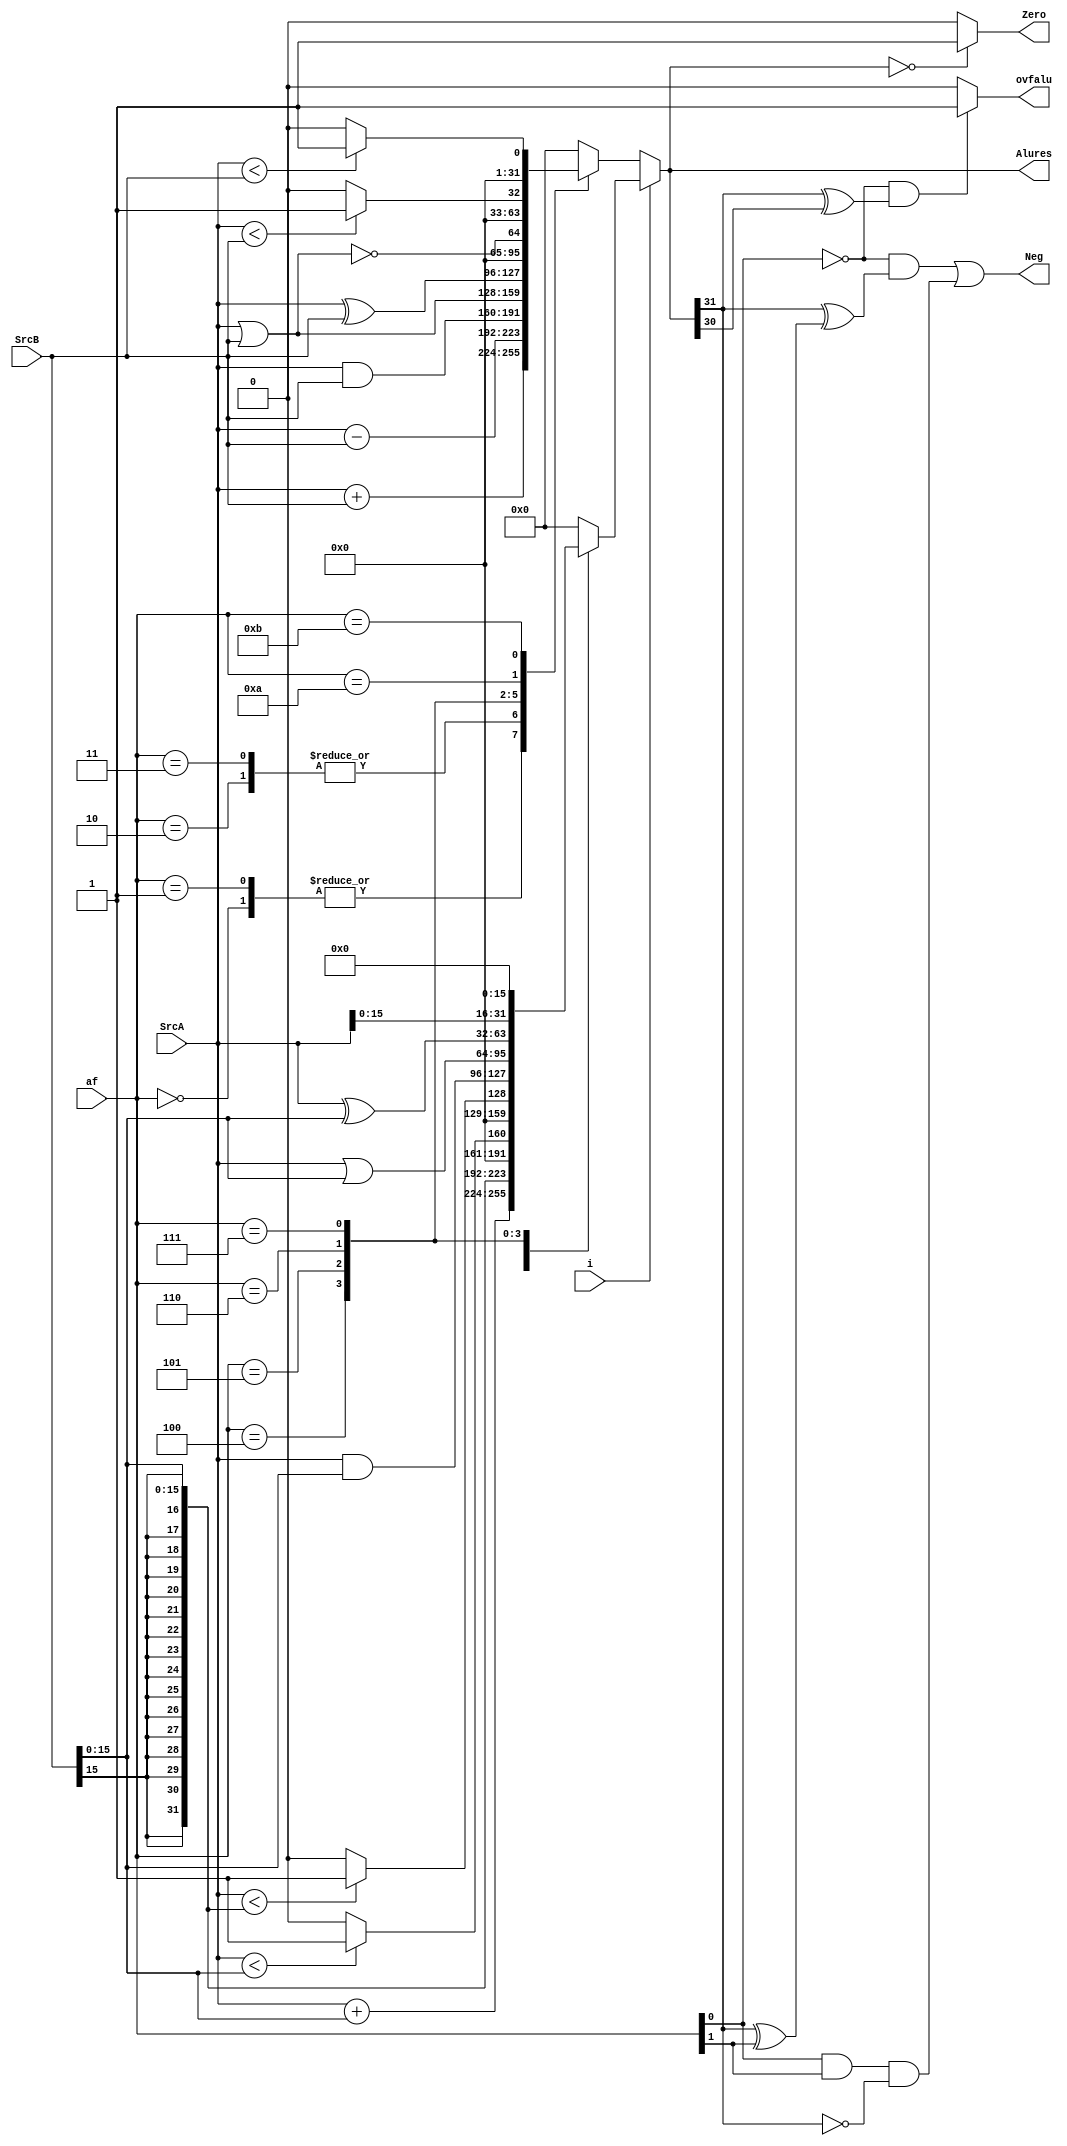
module Alu(SrcA, SrcB, af , i , Alures , Zero, Neg, ovfalu);
	input i;
	input[31:0]SrcA;
	input[31:0]SrcB;
	input[3:0]af;
	output reg [31:0]Alures;
	output reg Zero,Neg,ovfalu;
	reg sub = 0;
	reg u = 0;
	reg[31:0]d;

always @* begin
	u   <= af[0];
	sub <= af[1];
	
	if(i == 1'b0) begin 
		case(af)
			4'b0000, 4'b0001: Alures = SrcA + SrcB; 
			4'b0010, 4'b0011: Alures = SrcA - SrcB; 
			4'b0100: Alures = SrcA & SrcB; 
			4'b0101: Alures = SrcA | SrcB; 
			4'b0110: Alures = SrcA ^ SrcB; 
			4'b0111: Alures = !(SrcA | SrcB); 
			4'b1010: Alures = ($signed(SrcA) < $signed(SrcB)) ? 32'd1 : 32'b0; 
			4'b1011: Alures = ($unsigned(SrcA) < $unsigned(SrcB)) ? 32'd1 : 32'b0; 
			default: Alures = 32'b0;
		endcase
	end
	else begin 
		case(af)
			4'b0000: Alures = $signed(SrcA) + $signed({{16{SrcB[15]}}, SrcB[15:0]}); 
			4'b0001: Alures = $unsigned({{16{SrcB[15]}} , SrcB[15:0]}); 
			4'b0010: Alures = ($signed(SrcA) < $signed({{16{SrcB[15]}}, SrcB[15:0]})) ? 32'd1 : 32'b0; 
			4'b0011: Alures = ($unsigned(SrcA) < $unsigned({{16{SrcB[15]}}, SrcB[15:0]})) ? 32'd1 : 32'b0; 
			4'b0100: Alures = SrcA & {16'd0, SrcB[15:0]}; 
			4'b0101: Alures = SrcA | {16'd0, SrcB[15:0]}; 
			4'b0110: Alures = SrcA ^ {16'd0, SrcB[15:0]}; 
			4'b0111: Alures = {SrcA[15:0], 16'd0}; 
			default: Alures = 32'b0;
		endcase
	end
	
	ovfalu <= (!u & (Alures[31] ^ Alures[30])) ? 1'b1 : 1'b0; 
	Zero <= (Alures == 32'b0) ? 1'b1 : 1'b0; 
	Neg <= (!u & (Alures[31] ^ (Alures[31] ^ sub))) | (u & sub & !Alures[31]); 
	
	end
	
endmodule